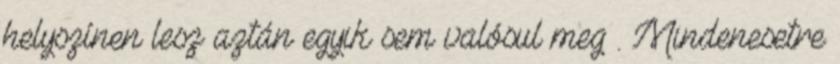
helyszínen lesz aztán egyik sem valósul meg . Mindenesetre